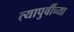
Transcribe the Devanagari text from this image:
त्यापुर्वीच्या